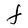
Character: F